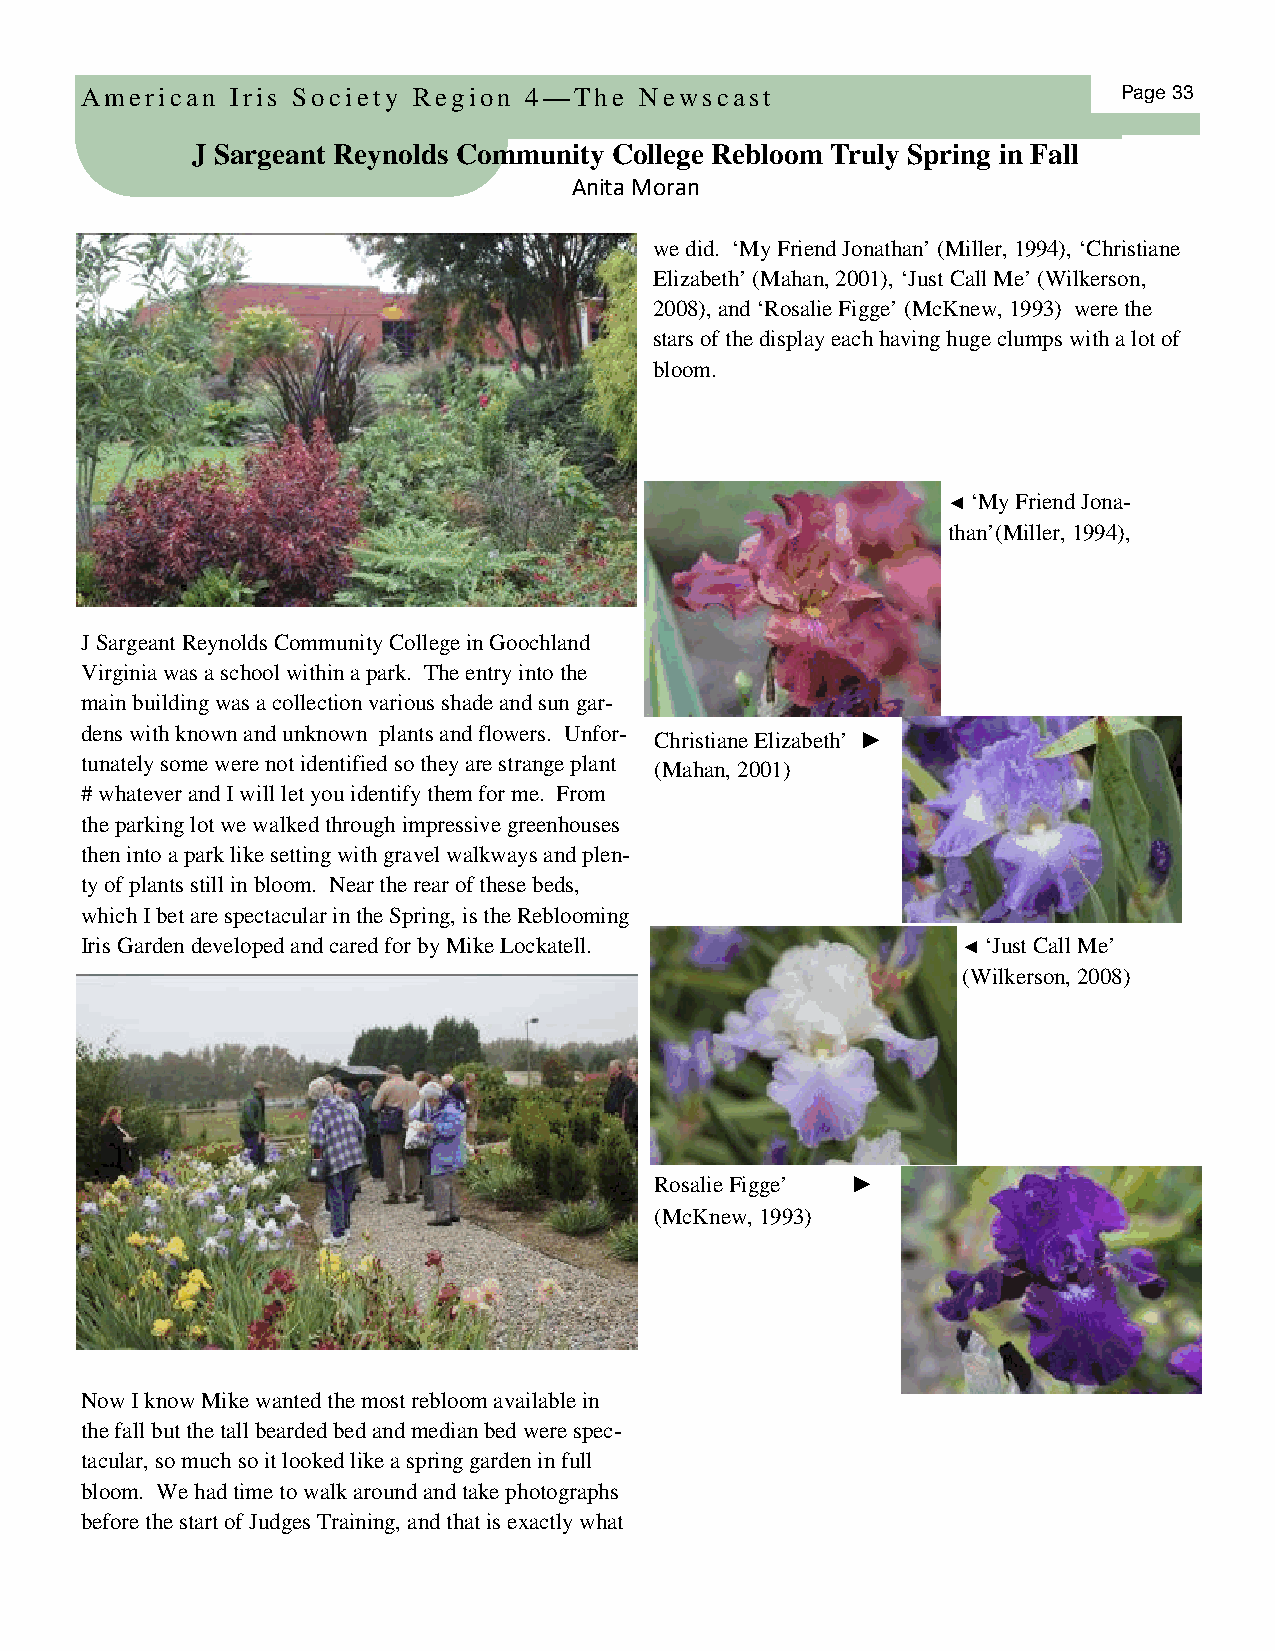
American  Iris Society Region 4—The  Newscast                        Page 33
 J Sargeant Reynolds Community Co llege Rebloom Truly Spring in Fall
 Anita Moran
 we did. ‘My Friend Jonathan’ (Miller, 1994), ‘Christiane
 Elizabeth’ (Mahan, 2001), ‘Just Call Me’ (Wilkerson,
 2008), and ‘Rosalie Figge’ (McKnew, 1993) were the
 stars of the display each having huge clumps with a lot of
 bloom.
 ◄ ‘My Friend Jona-
 than’(Miller, 1994),
 J Sargeant Reynolds Community College in Goochland
 Virginia was a school within a park. The entry into the
 main building was a collection various shade and sun gar-
 dens with known and unknown plants and flowers. Unfor-
 Christiane Elizabeth’ ►
 tunately some were not identified so they are strange plant (Mahan, 2001)
 # whatever and I will let you identify them for me. From
 the parking lot we walked through impressive greenhouses
 then into a park like setting with gravel walkways and plen-
 ty of plants still in bloom. Near the rear of these beds,
 which I bet are spectacular in the Spring, is the Reblooming
 Iris Garden developed and cared for by Mike Lockatell.     ◄ ‘Just Call Me’
 (Wilkerson, 2008)
 Rosalie Figge’ ►
 (McKnew, 1993)
 Now I know Mike wanted the most rebloom available in
 the fall but the tall bearded bed and median bed were spec-
 tacular, so much so it looked like a spring garden in full
 bloom. We had time to walk around and take photographs
 before the start of Judges Training, and that is exactly what